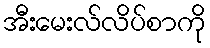
အီးမေးလ်လိပ်စာကို